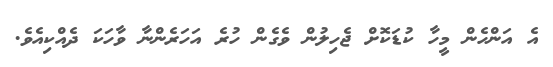
އެ އަންހެން މީހާ ކުޑަކޮށް ޖެހިލުން ވެގެން ހުރެ އަހަރެންނާ ވާހަކަ ދެއްކިއެވެ.